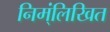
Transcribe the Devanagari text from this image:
निम्ंलिखित